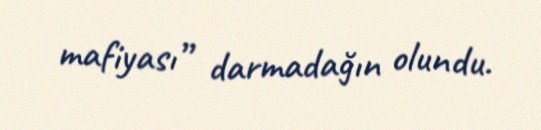
mafiyası” darmadağın olundu.